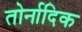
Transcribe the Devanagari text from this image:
तोर्नादिक